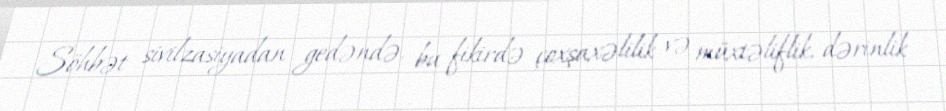
Söhbət sivilzasiyadan gedəndə, bu fikirdə çoxşaxəlilik və müxtəliflik, dərinlik